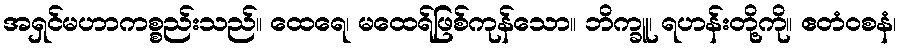
အရှင်မဟာကစ္စည်းသည်။ ထေရေ၊ မထေရ်ဖြစ်ကုန်သော။ ဘိက္ခူ၊ ရဟန်းတို့ကို။ ဧတံဝစနံ၊